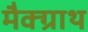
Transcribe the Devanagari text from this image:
मैक्ग्राथ